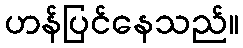
ဟန်ပြင်နေသည်။